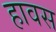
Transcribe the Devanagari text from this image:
हावस